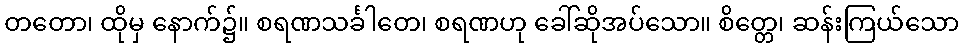
တတော၊ ထိုမှ နောက်၌။ စရဏသင်္ခါတေ၊ စရဏဟု ခေါ်ဆိုအပ်သော။ စိတ္တေ၊ ဆန်းကြယ်သော